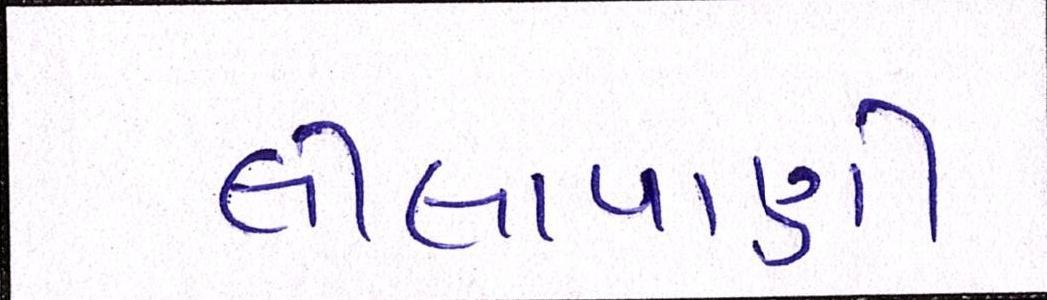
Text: લીલાપાણી